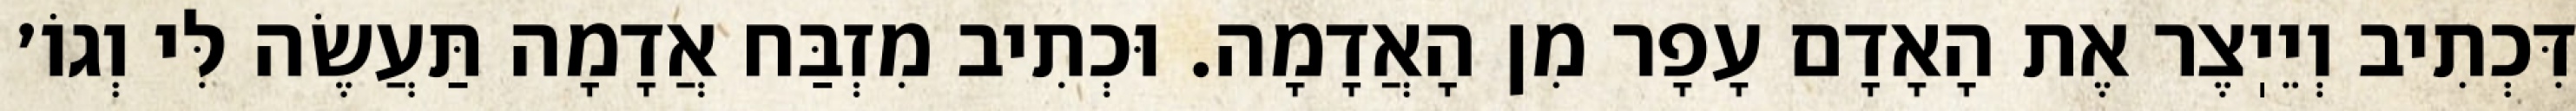
דִּכְתִיב וְיֵיֽצֶר אֶת הָאָדָם עָפָר מִן הָאֲדָמָה. וּכְתִיב מִזְבַּח אֲדָמָה תַּעֲשֶׂה לִּי וְגוֹ׳